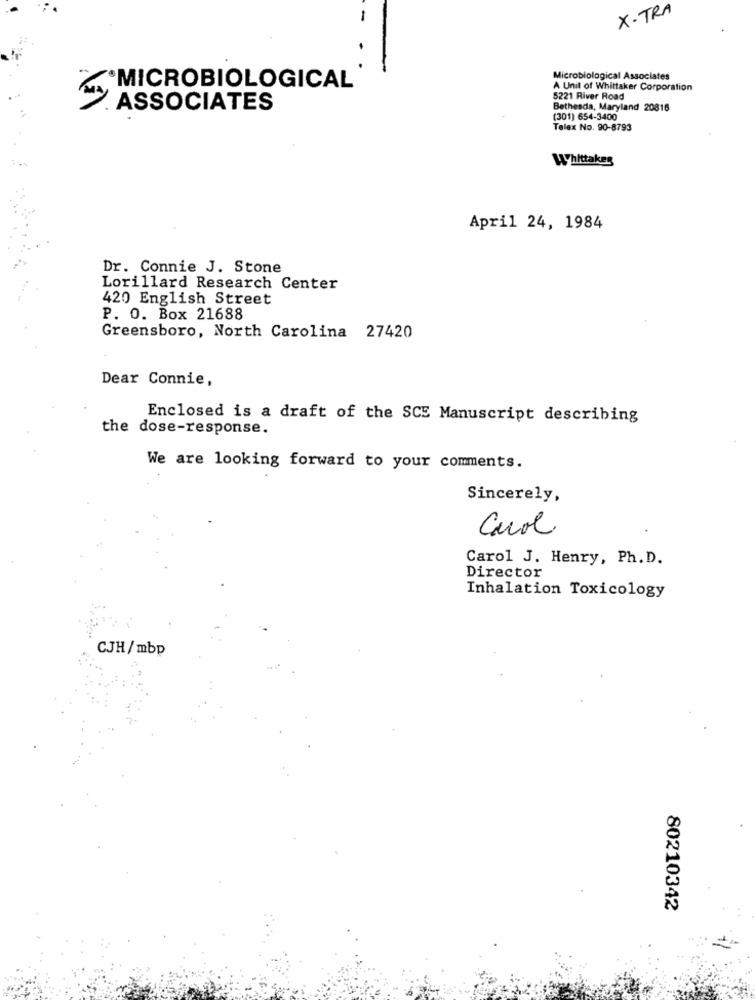
X-TRA
-
Microbiological Associates
MICROBIOLOGICAL
A Unit of Whittaker Corporation
5221 River Road
ASSOCIATES
Bethesda, Maryland 20816
(301) 654-3400
Telex No. 90-8793
Whittaker
April 24, 1984
Dr. Connie J. Stone
Lorillard Research Center
420 English Street
P. O. Box 21688
Greensboro, North Carolina 27420
Dear Connie,
Enclosed is a draft of the SCE Manuscript describing
the dose-response.
We are looking forward to your comments.
Sincerely,
Carol
Carol J. Henry, Ph.D.
Director
Inhalation Toxicology
CJH/mbp
80210342